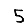
Digit: 5